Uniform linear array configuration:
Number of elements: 64
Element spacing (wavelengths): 1
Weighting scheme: hamming
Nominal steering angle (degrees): -60
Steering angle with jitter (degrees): -58.466
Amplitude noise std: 0.05
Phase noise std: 0.05

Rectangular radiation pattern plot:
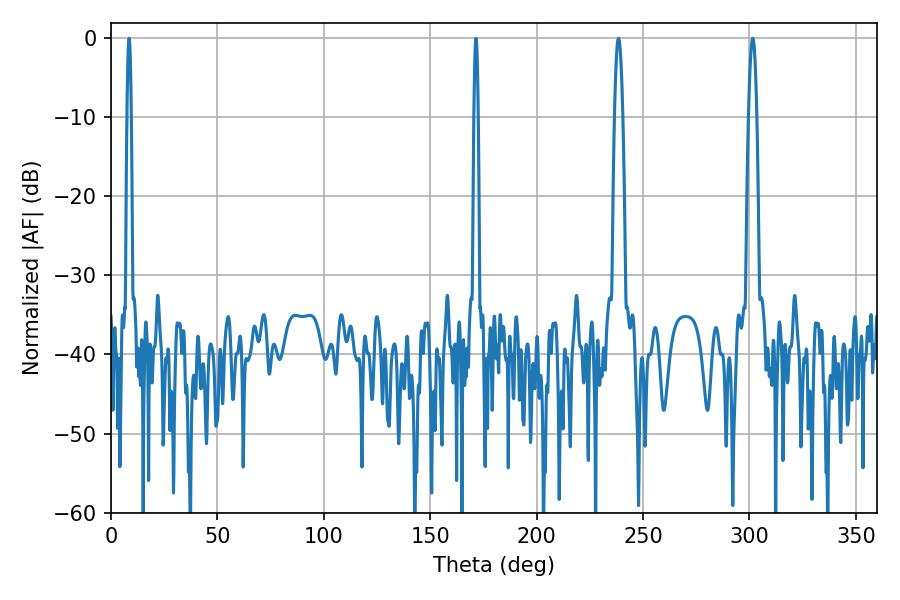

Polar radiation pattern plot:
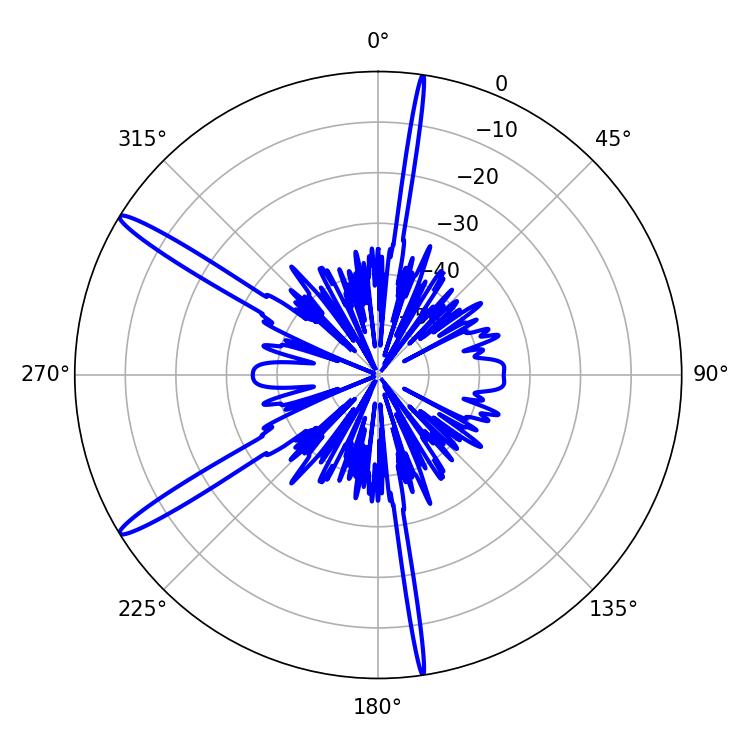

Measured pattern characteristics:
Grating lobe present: TRUE
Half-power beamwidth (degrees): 2.16
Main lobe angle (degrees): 301.5